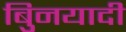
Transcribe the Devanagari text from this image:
बुिनयादी